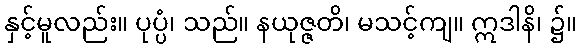
နှင့်မူလည်း။ ပုပ္ပံ၊ သည်။ နယုဇ္ဇတိ၊ မသင့်ကျ။ ဣဒါနိ၊ ၌။